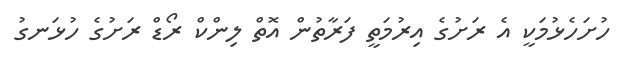
ހުށަހެޅުމަކީ އެ ރަށުގެ އިރުމަތީ ފަރާތުން އޮތް ލިންކް ރޯޑް ރަށުގެ ހުޅަނގު